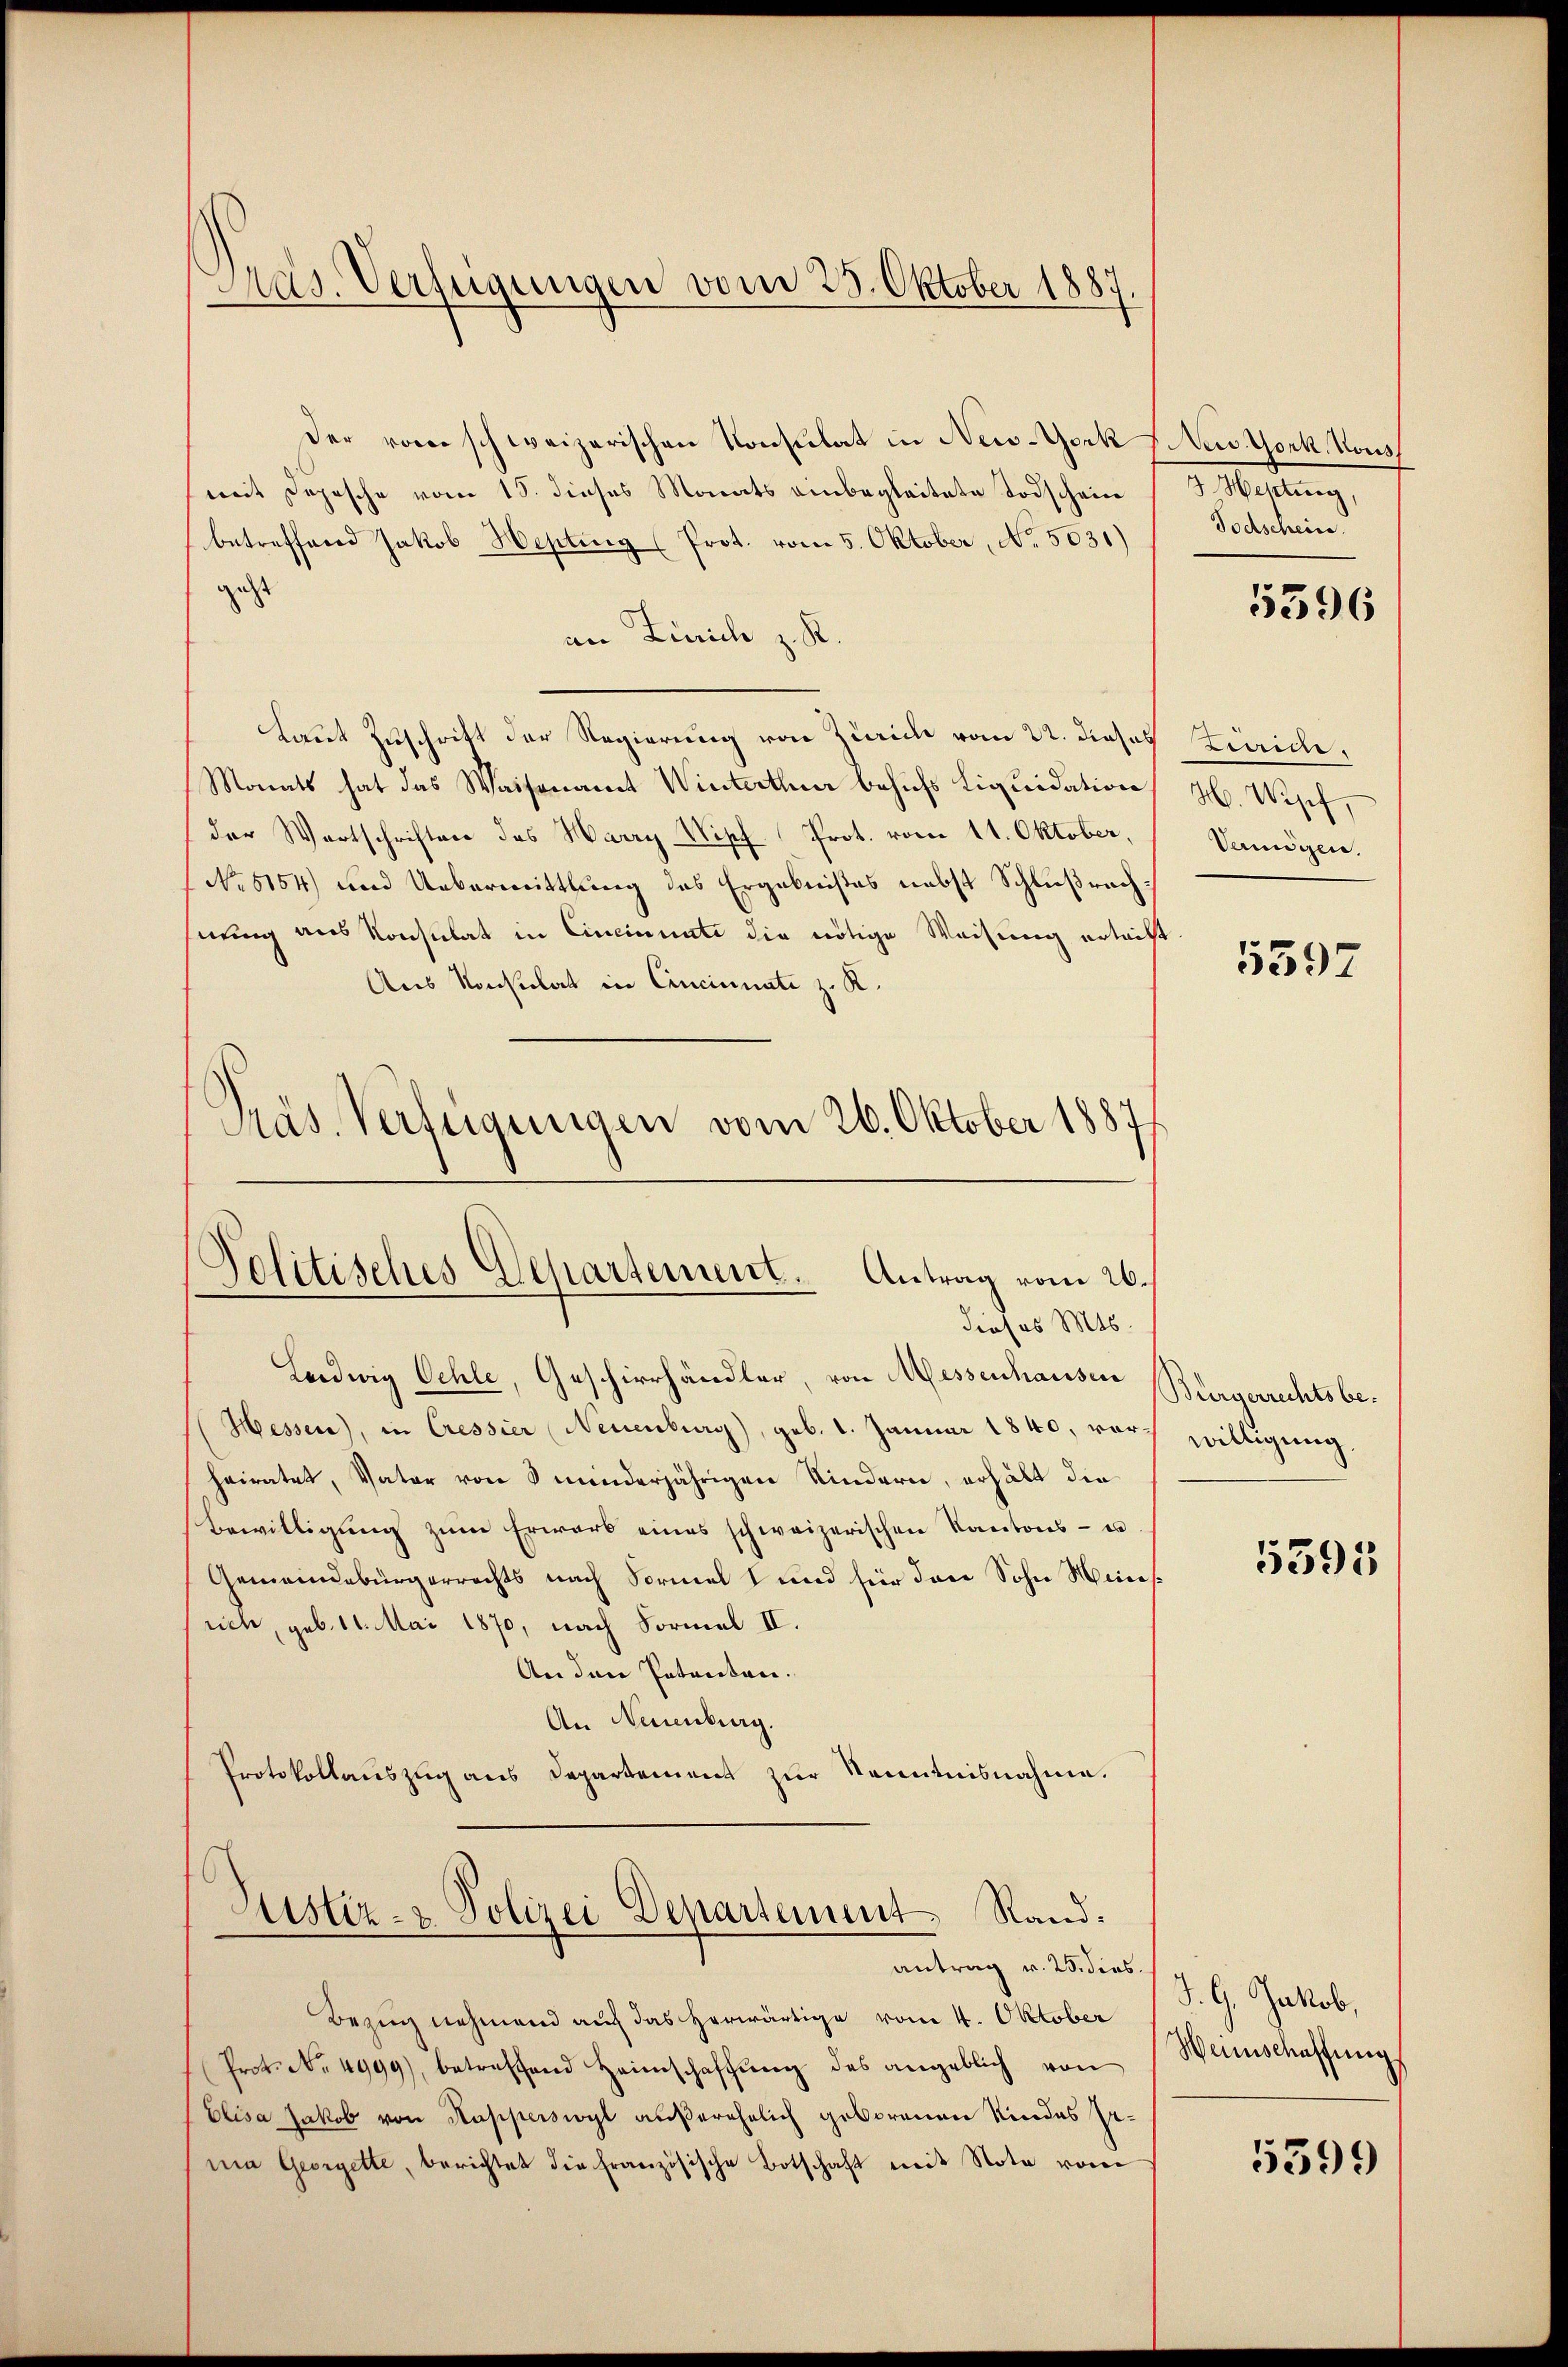
Pras. Verfügungen vom 25. Oktober 1887.

der vom schweizerischen Konsulat in New-York (Nuv. York, Vous
mit Depesche vom 15. dieses Monats einbegleitete Todschein
betreffend Jakob Hepting (Prot. vom 5. Oktober, No. 5031)
zust
an Zürich z. K
Laut Zuschritt der Regierung von Zürich vom 22. dieses Zivic,
Monats hat das Waisenamt Winterthur behufs Liquidation H. Wesef,
der Wertschriften des Harry Wipf Prot. vom 11. Oktober,
No 5154) und Uebermittlung des Ergebnißes nebst Schlußrach
hnung aus Konsulat in Cincinuati die nötige Weisung ertritt
Aus Konsulat in Concinati z. K.
Laedwig Oehle, Geschierhändler, von Messenhausen
Hessen), in Cressier Neuenburg, geb. 1. Januar 1840, vorheiratet, Vater von 8 minderjährigen Kindern, erhält die
Bewilligŭng zŭm Erwarb eines schweizerischen Kantons- u.
Gemeindebürgerrechts nach Formel 1 und für den Sohn Minisrich, geb. 11. Mai 1870, nach Formal II.
An den Patenten.
An Neuenburg.
Protokollauszug aus Departement zur Kenntnisnahme.
Justiz- & Polizei Departement Rand:
antrag v. 25. dies
Bezug nehmend auf das herwärtige vom 4. Oktober
Prot. No. 4999), betreffend Heimschaffung des angeblich von
Elisa Jakob von Kapperswyl außerehelich geborenen Kindes Gema Georgette, berichtet die französische Botschaft mit Note vom

Präs. Verfügungen vom 26. Oktober 1887
Solitisches Departement. Antrag vom 26.
dieses Mts.

Wetting,
Todschein.

5396

Vermögen.

5397

Bürgerrechtsbewilligung,

5395

J. G. Jakob,
Weinschaffungs

5399